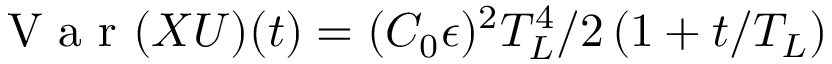
\mathrm { ~ V ~ a ~ r ~ } ( X U ) ( t ) = ( C _ { 0 } \epsilon ) ^ { 2 } T _ { L } ^ { 4 } / 2 \, ( 1 + t / T _ { L } )